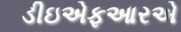
ડીઇએફઆરએ